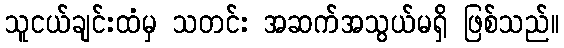
သူငယ်ချင်းထံမှ သတင်း အဆက်အသွယ်မရှိ ဖြစ်သည်။